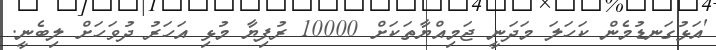
'އަޅުގަނޑުމެން ކަހަލަ މަދަނީ ޖަމިއްޔާތަކަށް 10000 ރުފިޔާ މުޅި އަހަރު ދުވަހަށް ލިބެނީ.